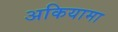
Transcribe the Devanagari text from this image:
अकियामा